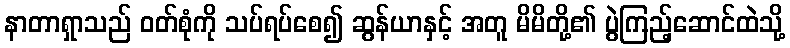
နာတာရှာသည် ဝတ်စုံကို သပ်ရပ်စေ၍ ဆွန်ယာနှင့် အတူ မိမိတို့၏ ပွဲကြည့်ဆောင်ထဲသို့